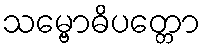
သမ္ဗောဓိပတ္တော